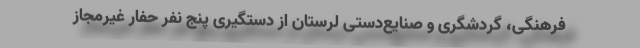
فرهنگی، گردشگری و صنایع‌دستی لرستان از دستگیری پنج نفر حفار غیرمجاز